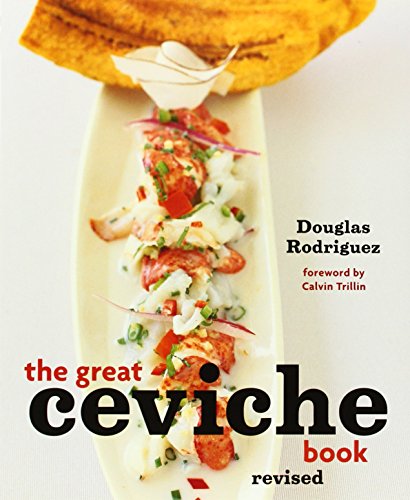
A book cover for The Great Ceviche Book, revised; Douglas Rodriguez; Cookbooks, Food & Wine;